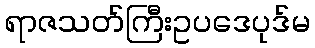
ရာဇသတ်ကြီးဥပဒေပုဒ်မ